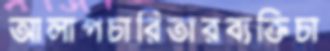
আলাপচারিতারব্যক্তিচা